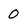
Character: 0